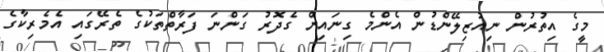
މީގެ އިތުރުން ނިއުޒިލޭންޑުން އެންމެ ގިނައިން ގެދޮރު ގަންނަ ފަރާތްތަކުގެ ތެރޭގައި އެމެރިކާގެ